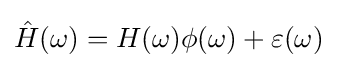
{\hat {H}}(\omega )=H(\omega )\phi (\omega )+\varepsilon (\omega )